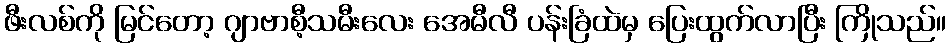
ဖီးလစ်ကို မြင်တော့ ဂျာဗာစီ့သမီးလေး အေမီလီ ပန်းခြံထဲမှ ပြေးထွက်လာပြီး ကြိုသည်။